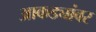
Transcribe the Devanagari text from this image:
आकड्यांवर